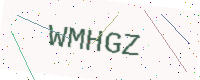
Text: WMHGZ